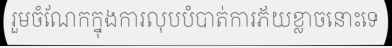
រួមចំណែកក្នុងការលុបបំបាត់ការភ័យខ្លាចនោះទេ